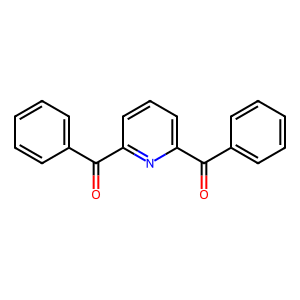
SMILES: O=C(c1ccccc1)c1cccc(C(=O)c2ccccc2)n1
Inhibits HIV replication: No